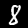
Label: 8